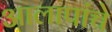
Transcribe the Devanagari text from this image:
आलापांचे